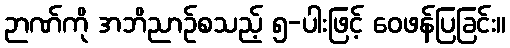
ဉာဏ်ကို အဘိညာဉ်စသည့် ၅-ပါးဖြင့် ဝေဖန်ပြခြင်း။